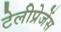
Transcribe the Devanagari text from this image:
टेलीप्रेजेंस